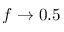
f \rightarrow 0 . 5